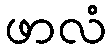
ဖာလံ